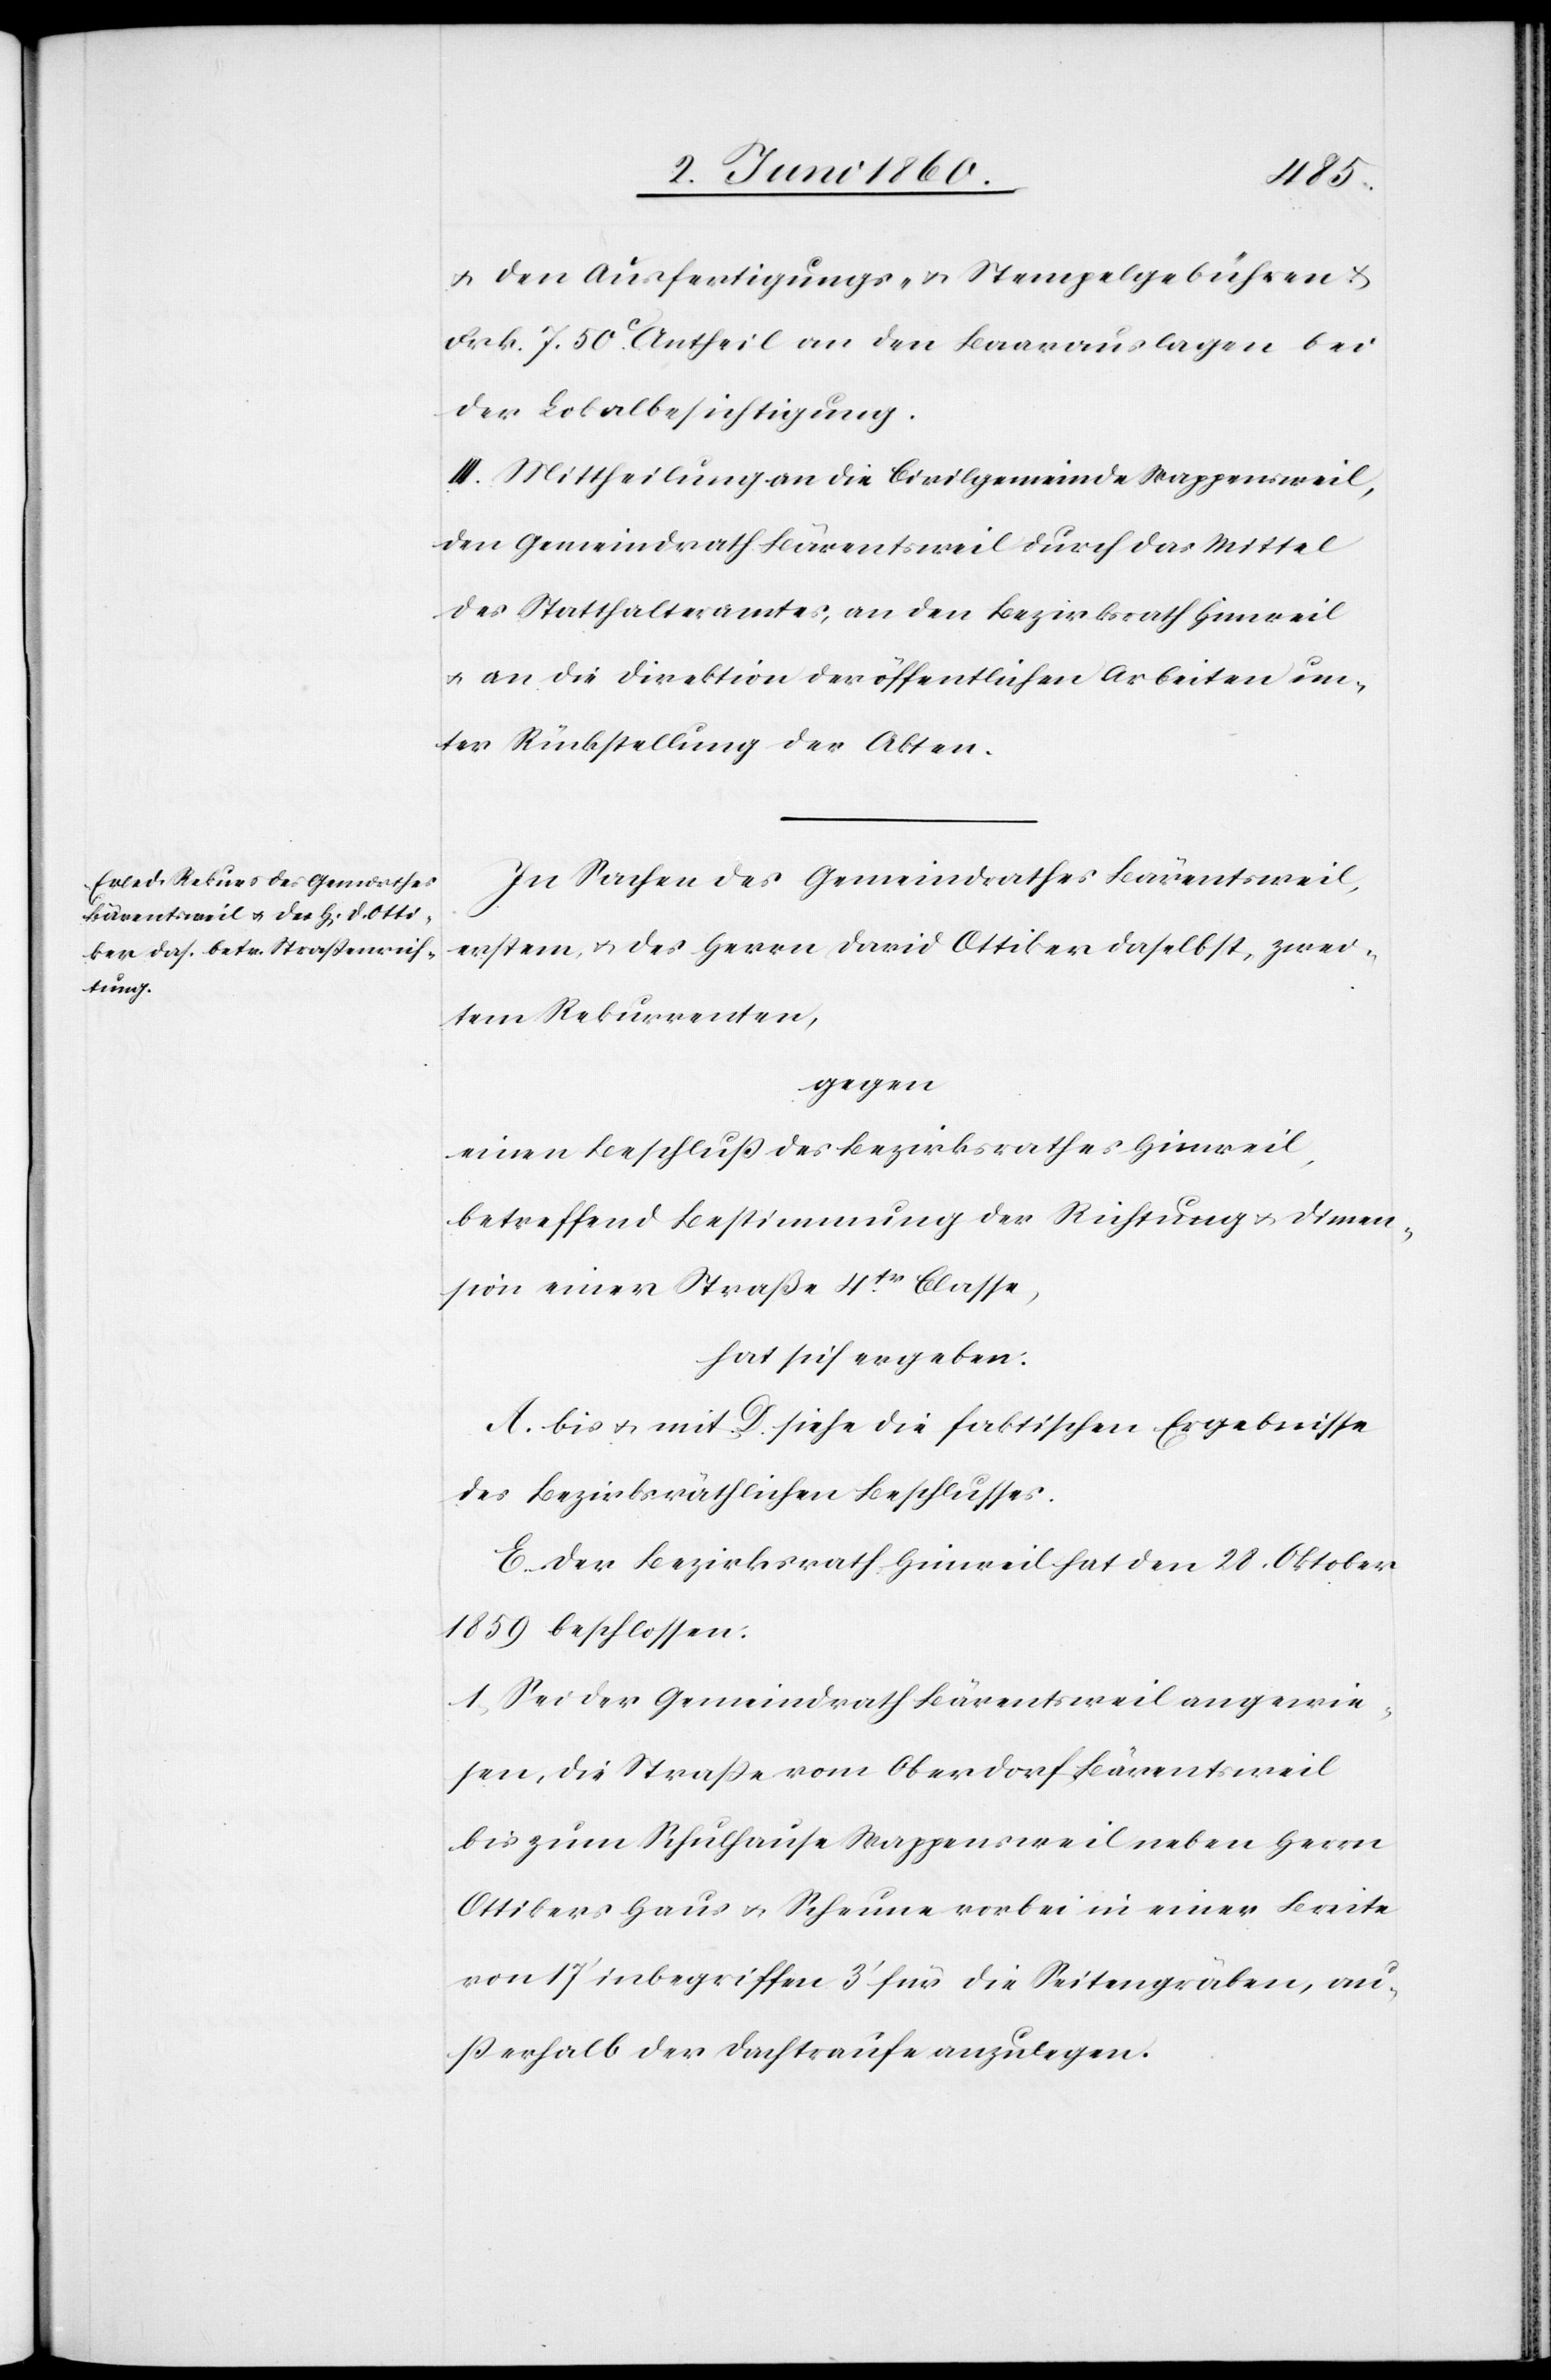
u. den Ausfertigung- u. Stempelgebühren u.
Frk. 7. 50C Antheil an den Baarauslagen bei
der Lokalbesichtigung.
III. Mittheilung an die Civilgemeinde Wappensweil,
den Gemeindrath Bärentsweil durch das Mittel
des Statthalteramtes, an den Bezirksrath Hinweil
u. an die Direktion der öffentlichen Arbeiten un¬
ter Rückstellung der Akten.
In Sachen des Gemeindrathes Bärentsweil,
erstem, u. des Herrn David Ottiker daselbst, zwei¬
tem Rekurrenten,
gegen
einen Beschluss des Bezirksrathes Hinweil,
betreffend Bestimmung der Richtung u. Dimen¬
sion einer Straße 4tr Classe,
hat sich ergeben:
A. bis u. mit D. siehe die faktischen Ergebnisse
des bezirksräthlichen Beschlusses.
E. Der Bezirksrath Hinweil hat den 28. Oktober
1859 beschlossen:
1. Sei der Gemeindrath Bärentsweil angewie¬
sen, die Strasse vom Oberdorf Bärentsweil
bis zum Schulhause Wappensweil neben Herrn
Ottikers Haus u. Scheune vorbei in einer Breite
von 17’ inbegriffen 3’ für die Seitengräben, au¬
sserhalb der Dachtraufe anzulegen.